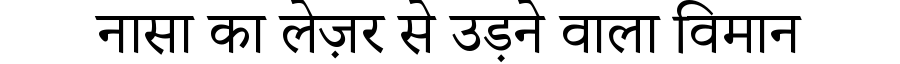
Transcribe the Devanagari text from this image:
नासा का लेज़र से उड़ने वाला विमान